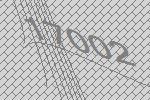
17002